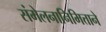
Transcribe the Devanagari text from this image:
संमेलनानिमित्ताने